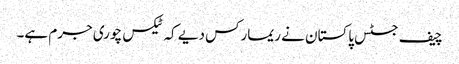
چیف جسٹس پاکستان نے ریمارکس دیے کہ ٹیکس چوری جرم ہے۔